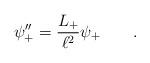
LaTeX: \begin{align*}\psi''_+ = \frac {L_+} {\ell^2} \psi_+\qquad .\end{align*}